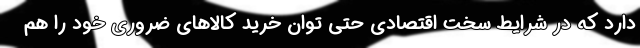
دارد که در شرایط سخت اقتصادی حتی توان خرید کالاهای ضروری خود را هم